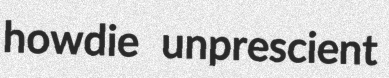
howdie unprescient